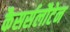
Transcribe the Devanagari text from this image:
कैसर्सलौटेन